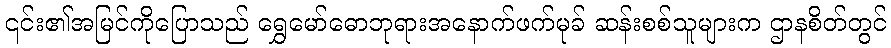
၎င်း၏အမြင်ကိုပြောသည် ရွှေမော်ဓောဘုရားအနောက်ဖက်မုခ် ဆန်းစစ်သူများက ဌာနစိတ်တွင်